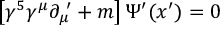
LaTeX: \left[ \gamma ^ { 5 } \gamma ^ { \mu } \partial _ { \mu } ^ { \, \, \prime } + m \right] \Psi ^ { \prime } ( x ^ { \prime } ) = 0